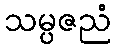
သမ္ပဇညံ